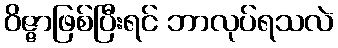
ဝိဇ္ဇာဖြစ်ပြီးရင် ဘာလုပ်ရသလဲ